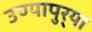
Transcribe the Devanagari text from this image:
उण्यापुर्‍या